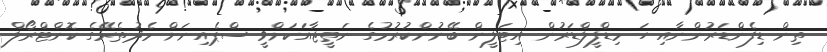
ތިން ޑިފެންޑަރުންނާއި ހަ މިޑްފީލްޑަރުން އިޓަލީން ބޭނުންކުރުމުގެ ނަތީޖާއަކަށްވީ ސްޕެއިނަށް މެދުތެރޭގެ ކޮންޓްރޯލް